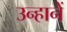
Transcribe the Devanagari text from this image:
उन्हानें